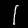
Digit: 1